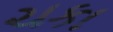
ચકા